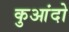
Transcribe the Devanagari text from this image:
कुआंदो